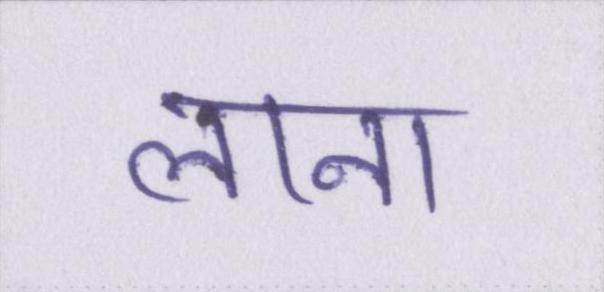
लाना